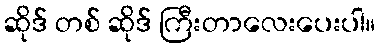
ဆိုဒ် တစ် ဆိုဒ် ကြီးတာလေးပေးပါ။